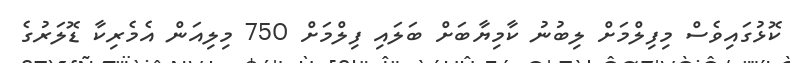
ކޮޅުގައިވެސް މިފިލްމަށް ލިބުނު ކާމިޔާބަށް ބަލައި ފިލްމަށް 750 މިލިއަން އެމެރިކާ ޑޮލަރުގެ